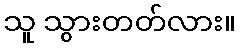
သူ သွားတတ်လား။